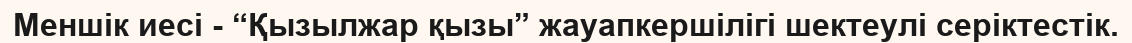
Меншік иесі - “Қызылжар қызы” жауапкершілігі шектеулі серіктестік.